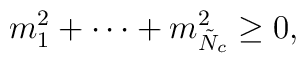
m_1^2 + \cdots + m_{\tilde{N}_c}^2 \geq 0,